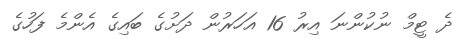
ދެ ޓީމް ނުކުންނަ އިރު 16 އަހަރުން ދަށުގެ ބައިގެ އެންމެ ފަހުގެ